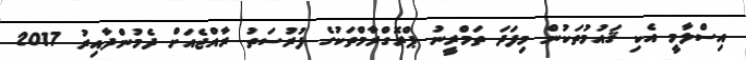
އިސްލާމީ އެކި ޤައުމުތަކުން މިފަދަ ތަމްރީނު ޕްރޮގްރާމްތަކުގެ ފުރުސަތު ރާއްޖެއަށް ދެމުންދާއިރު 2017